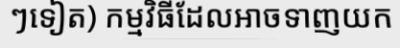
ៗទៀត) កម្មវិធីដែលអាចទាញយក